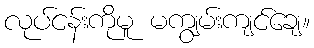
လုပ်ငန်းကိုမူ မကျွမ်းကျင်ချေ။